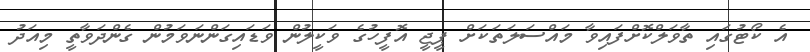
އެ ކޯޓުގައި ތާވަލްކޮށްފައިވާ މައްސަލަތަކަށް ޕީޖީ އޮފީހުގެ ވަކީލުން ވަޑައިގަންނަވަމުން ގެންދަވާތީ މިއަދު